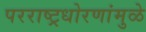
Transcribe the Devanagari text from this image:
परराष्ट्रधोरणांमुळे